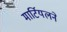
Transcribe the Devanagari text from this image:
मार्टियलने